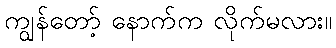
ကျွန်တော့် နောက်က လိုက်မလား။